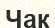
Чак